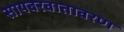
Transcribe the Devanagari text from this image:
सायबरवातावरण